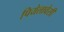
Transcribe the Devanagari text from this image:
पियेलावेसी